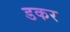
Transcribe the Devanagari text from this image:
डकर